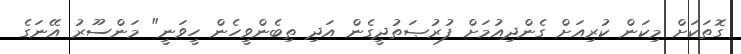
ގޮތަކަށް މިކަން ކުރިއަށް ގެންދިއުމަށް ފުރުޞަތުދީގެން އަދި ތިބެންވީހެން ހީވަނީ" މަންސޫރު އޭނަގެ